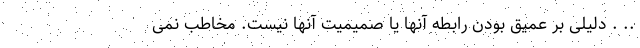
.. . دلیلی بر عمیق بودن رابطه آنها یا صمیمیت آنها نیست. مخاطب نمی